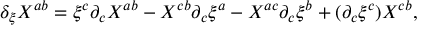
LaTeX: \delta _ { \xi } X ^ { a b } = \xi ^ { c } \partial _ { c } X ^ { a b } - X ^ { c b } \partial _ { c } \xi ^ { a } - X ^ { a c } \partial _ { c } \xi ^ { b } + ( \partial _ { c } \xi ^ { c } ) X ^ { c b } ,